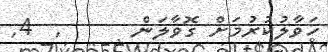
ހަވާލުކުރުމަށް ގޮވާލަން